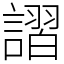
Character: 謵